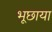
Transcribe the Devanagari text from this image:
भूछाया